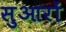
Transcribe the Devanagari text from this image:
सुआरों